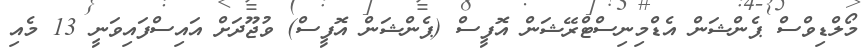
މޯލްޑިވްސް ޕެންޝަން އެޑްމިނިސްޓްރޭޝަން އޮފީސް (ޕެންޝަން އޮފީސް) ވުޖޫދަށް އައިސްފައިވަނީ 13 މެއި